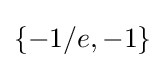
\left\{-1/e,-1\right\}